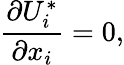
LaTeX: \frac{\partial U_{i}^{*}}{\partial x_{i}}=0,